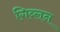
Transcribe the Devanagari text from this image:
गिब्लन